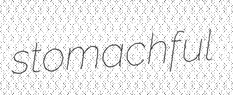
stomachful